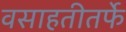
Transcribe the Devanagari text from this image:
वसाहतीतर्फे